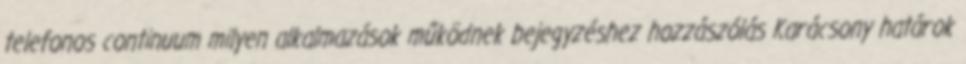
telefonos continuum milyen alkalmazások működnek bejegyzéshez hozzászólás Karácsony határok